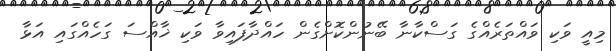
މިއީ ވަކި ވައްތަރެއްގެ ގަސްކާނާ ބޭނުންކޮށްގެން ހައްދާފައިވާ ވަކި ޚާއްސަ ގަހެއްގައި އަޅާ